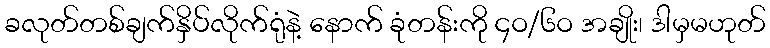
ခလုတ်တစ်ချက်နှိပ်လိုက်ရုံနဲ့ နောက် ခုံတန်းကို ၄ဝ/၆ဝ အချိုး၊ ဒါမှမဟုတ်